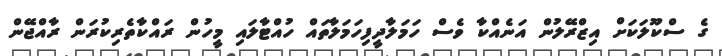
ގެ ސްކޫލަކަށް އިޒްރޭލުން އަނެއްކާ ވެސް ހަމަލާދީފިހަމަލާތައް ހުއްޓާލައި މީހުން ރައްކާތެރިކުރަން ރާއްޖޭން